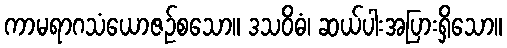
ကာမရာဂသံယောဇဉ်စသော။ ဒသဝိဓံ၊ ဆယ်ပါးအပြားရှိသော။